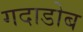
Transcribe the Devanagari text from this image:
गदाडोब